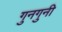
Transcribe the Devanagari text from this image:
गुनगुनी